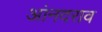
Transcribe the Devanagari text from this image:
आंनदराव